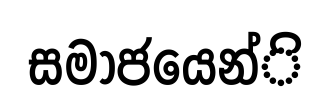
සමාජයෙන්ි